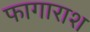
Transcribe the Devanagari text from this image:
फागाराश